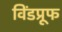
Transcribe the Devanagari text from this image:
विंडप्रूफ